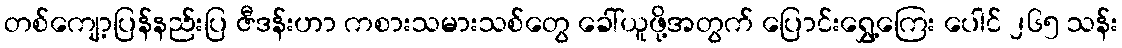
တစ်ကျော့ပြန်နည်းပြ ဇီဒန်းဟာ ကစားသမားသစ်တွေ ခေါ်ယူဖို့အတွက် ပြောင်းရွှေ့ကြေး ပေါင် ၂၆၅ သန်း